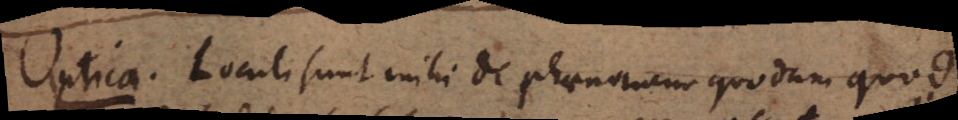
Optica. Locuti sunt mihi de phaenomeno quodam quod